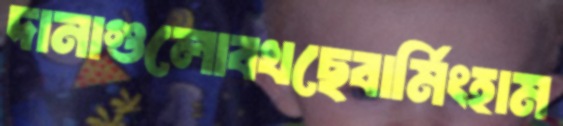
দানাগুলোবখছেবার্মিংহাম